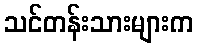
သင်တန်းသားများက